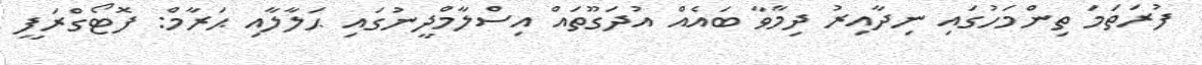
ފުރަތަމަ ތިންމަހުގައި ނިދާއިރު ދިމާވާ ބައެއް އުދަގޫތައް އިސްލާމްދީނުގައި ޙަލާލާއި ޙަރާމް: ފޮޓޯގްރަފީ